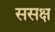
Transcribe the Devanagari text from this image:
ससक्ष